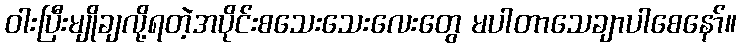
ဝါးပြီးမျိုချလို့ရတဲ့အပိုင်းစသေးသေးလေးတွေ မပါတာသေချာပါစေနော်။